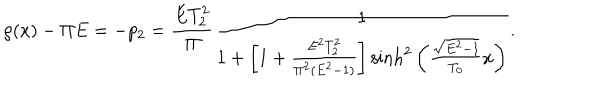
\rho ( x ) - \Pi E = - p _ { 2 } = \frac { E T _ { 2 } ^ { 2 } } { \Pi } \frac { 1 } { 1 + \left[ 1 + \frac { E ^ { 2 } T _ { 2 } ^ { 2 } } { \Pi ^ { 2 } ( E ^ { 2 } - 1 ) } \right] \mathrm { s i n h } ^ { 2 } \left( \frac { \sqrt { E ^ { 2 } - 1 } } { T _ { 0 } } x \right) } .